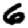
Digit: 6